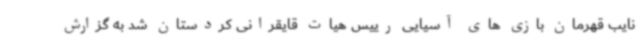
نایب قهرمان بازی های آسیایی رییس هیات قایقرانی کردستان شد به گزارش